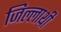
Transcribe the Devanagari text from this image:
जिल्लाथी